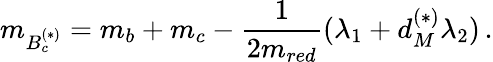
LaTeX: m_{B_{c}^{(*)}}=m_{b}+m_{c}-\frac{1}{2m_{red}}(\lambda_{1}+d_{M}^{(*)}\lambda_{2})\, .